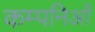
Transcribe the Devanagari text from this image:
कम्पनिओं